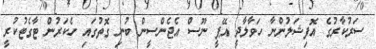
ސަރުކާރުގެ އޮފިޝަލުންނާ ހަވާލާދީ އޭޕީ ނޫސް އެޖެންސީން ބުނި ގޮތުގައި ހެކަރުން ޓާގެޓުކުރީ